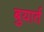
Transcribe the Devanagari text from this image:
बुयार्त